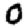
Digit: 0